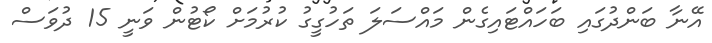
އޭނާ ބަންދުގައި ބަހައްޓައިގެން މައްސަލަ ތަހުގީގު ކުރުމަށް ކޯޓުން ވަނީ 15 ދުވަސް